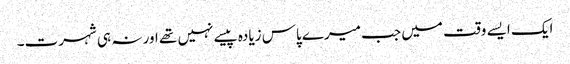
ایک ایسے وقت میں جب میرے پاس زیادہ پیسے نہیں تھے اور نہ ہی شہرت۔